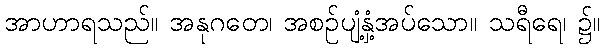
အာဟာရသည်။ အနုဂတေ၊ အစဉ်ပျံ့နှံ့အပ်သော။ သရီရေ၊ ၌။